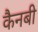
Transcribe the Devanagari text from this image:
कैनबी